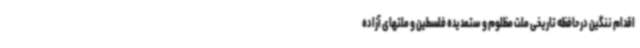
اقدام ننگین در حافظه تاریخی ملت مظلوم و ستمدیده فلسطین و ملتهای آزاده